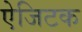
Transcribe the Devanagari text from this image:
ऐजिटक